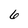
Character: 6